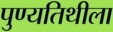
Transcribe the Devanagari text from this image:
पुण्यतिथीला